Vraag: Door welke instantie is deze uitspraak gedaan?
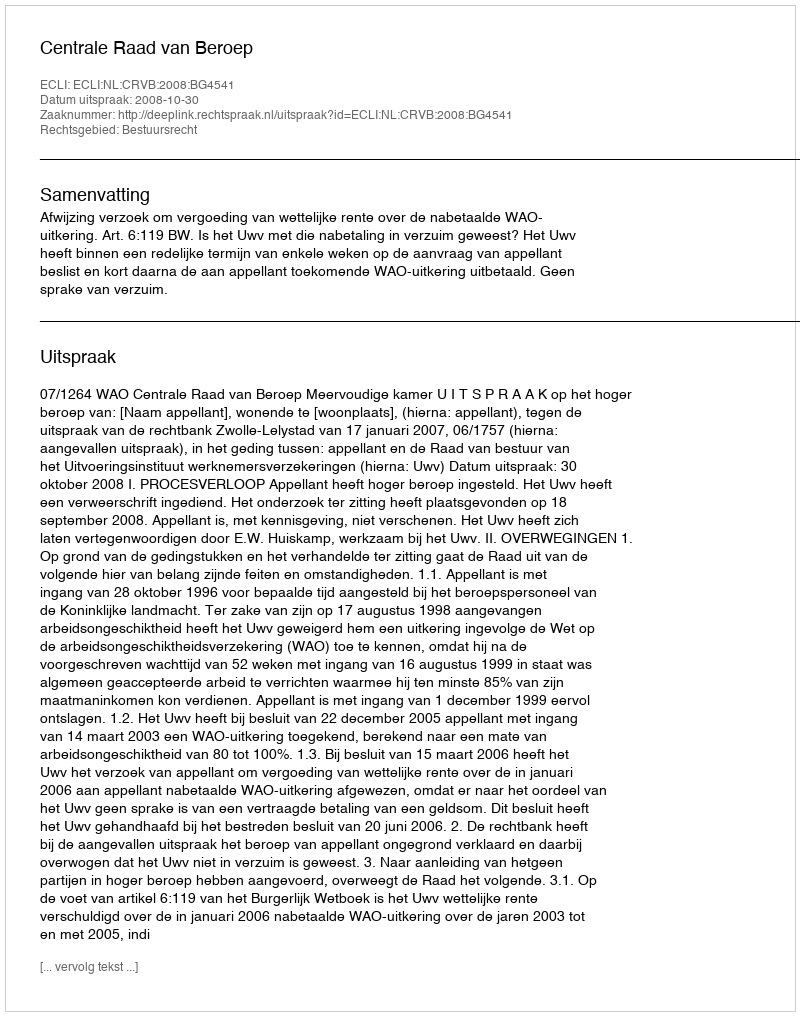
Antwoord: Centrale Raad van Beroep